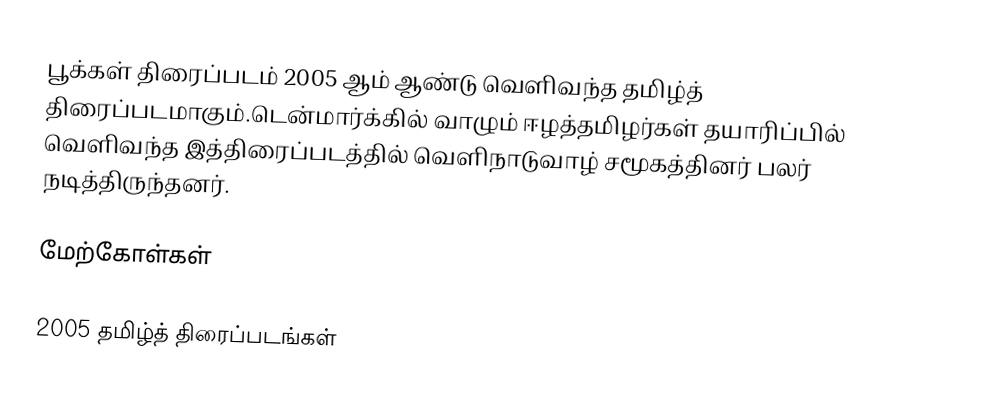
பூக்கள் திரைப்படம் 2005 ஆம் ஆண்டு வெளிவந்த தமிழ்த் திரைப்படமாகும்.டென்மார்க்கில் வாழும் ஈழத்தமிழர்கள் தயாரிப்பில் வெளிவந்த இத்திரைப்படத்தில் வெளிநாடுவாழ் சமூகத்தினர் பலர் நடித்திருந்தனர்.

மேற்கோள்கள்

2005 தமிழ்த் திரைப்படங்கள்